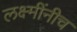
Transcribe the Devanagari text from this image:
लक्ष्मींनीच